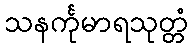
သနင်္ကုမာရသုတ္တံ